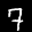
Label: 7